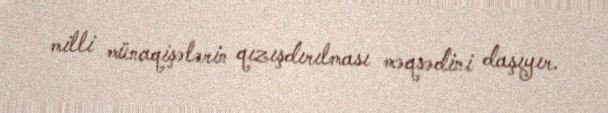
milli münaqişələrin qızışdırılması məqsədini daşıyır.